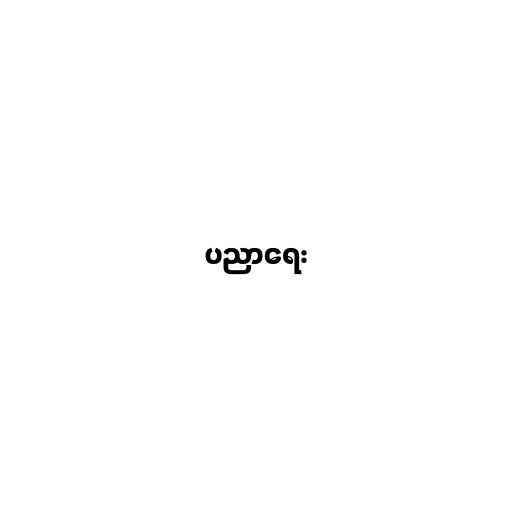
ပညာရေး